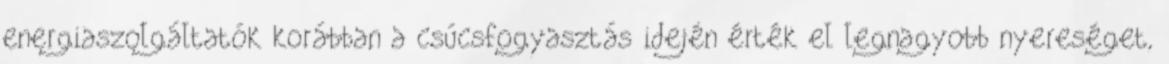
energiaszolgáltatók korábban a csúcsfogyasztás idején érték el legnagyobb nyereséget,